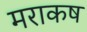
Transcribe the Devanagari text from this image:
मराकष